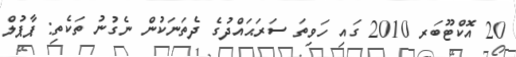
20 އޮކްޓޫބަރ 2010 ގައި ހަވިތަ ސަރަޙައްދުގެ ދެތަނަކުން ނެގުނު ތަކެތި: ޕާޕުލް